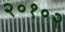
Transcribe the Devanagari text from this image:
२०१०२